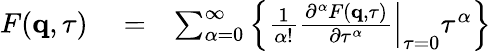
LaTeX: \begin{array}{rlr}{F(\mathbf{q},\tau)}&{{}=}&{\sum_{\alpha=0}^{\infty}\left\{ \frac{1}{\alpha!}\left.\frac{\partial^{\alpha}F(\mathbf{q},\tau)}{\partial\tau^{\alpha}}\right|_{\tau=0}\tau^{\alpha}\right\} }\end{array}